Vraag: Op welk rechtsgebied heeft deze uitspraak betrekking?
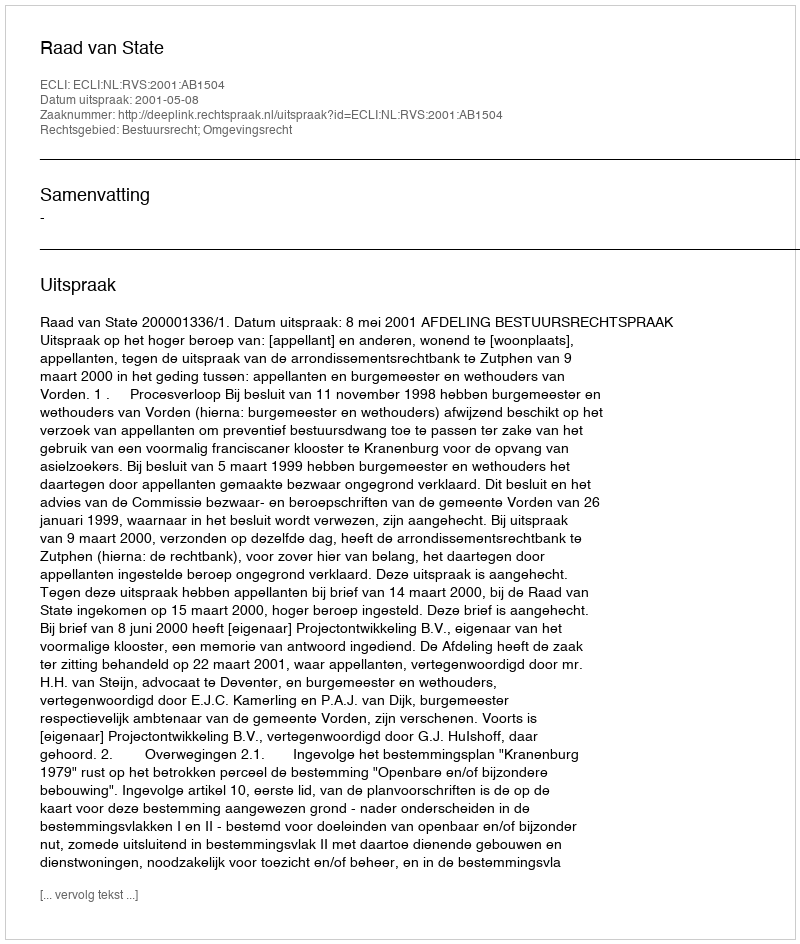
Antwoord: Bestuursrecht; Omgevingsrecht